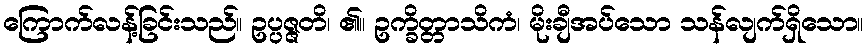
ကြောက်လန့်ခြင်းသည်။ ဥပ္ပဇ္ဇတိ၊ ၏။ ဥက္ခိတ္တာသိကံ၊ မိုးချီအပ်သော သန်လျက်ရှိသော။